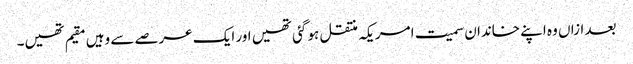
بعد ازاں وہ اپنے خاندان سمیت امریکہ منتقل ہو گئی تھیں اور ایک عرصے سے وہیں مقیم تھیں۔